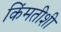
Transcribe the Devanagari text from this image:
किंमतीशी